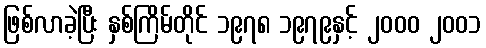
ဖြစ်လာခဲ့ပြီး နှစ်ကြိမ်တိုင် ၁၉၇၈ ၁၉၇၉နှင့် ၂၀၀၀ ၂၀၀၁